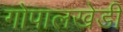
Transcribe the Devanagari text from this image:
गोपालखेडी